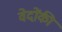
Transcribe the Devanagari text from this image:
वेदोंकी